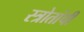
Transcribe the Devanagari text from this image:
स्त्रोतांची